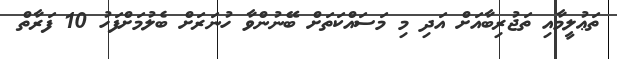
ތަޢުލީމާއި ތަޖުރިބާއަށް އަދި މި މަސައްކަތަށް ބޭނުންވާ ހުނަރަށް ބެލުމަށްފަހު 10 ފަރާތް